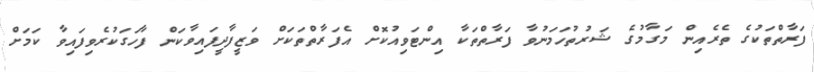
ފަރާތްތަކުގެ ތެރެއިން މަގާމުގެ ޝަރުތުހަމަނުވާ ފަރާތްތަކާ އިންޓަވިއުކޮށް އެފަރާތްތަކަށް ވަޒީފާދީފައިވާކަން ފާހަގަކުރެވިފައިވާ ކަމަށް